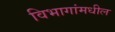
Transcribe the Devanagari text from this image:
विभागांमधील